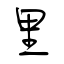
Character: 里